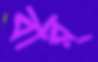
বার্